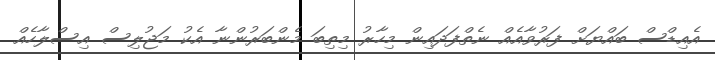
އެއިޑްސް ބައްޔަށް ފަރުވާއެއް ނެތްފަދައިން މިހާރު މިތިބަ މެންބަރުންނާ އެކު މަޖުލިސް އިސްލާހެއް